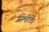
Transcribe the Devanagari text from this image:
समीटें।